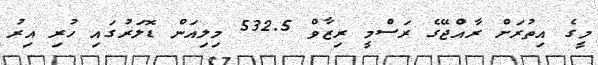
މީގެ އިތުރަށް ރާއްޖޭގެ ރަސްމީ ރިޒާވް 532.5 މިލިއަން ޑޮލަރުގައި ހުރި އިރު